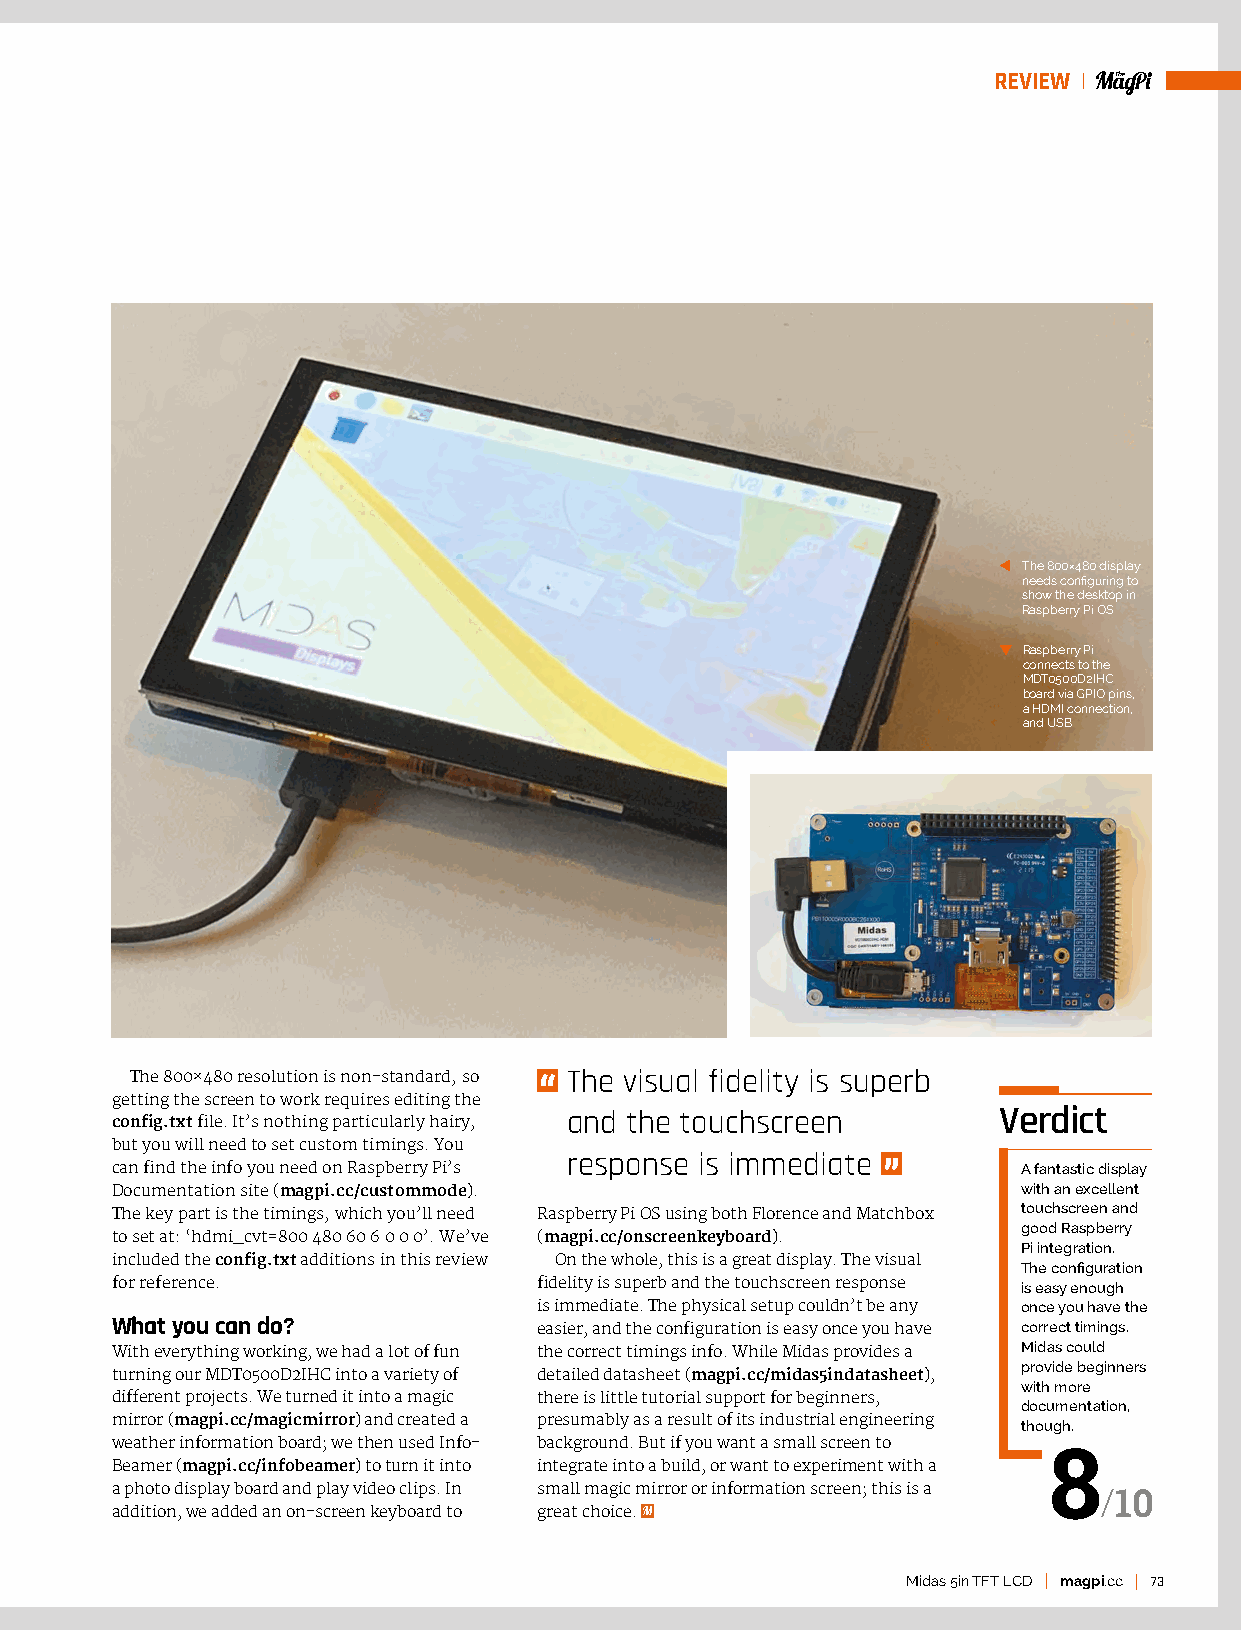
REVIEW
 The 800×480 display
 needs configuring to
 show the desktop in
 Raspberry Pi OS
 Raspberry Pi
 connects to the
 MDT0500D2IHC
 board via GPIO pins,
 a HDMI connection,
 and USB
 The 800×480 resolution is non-standard, so The visual fidelity is superb
 getting the screen to work requires editing the
 config.txt file. It’s nothing particularly hairy, and the touchscreen Verdict
 but you will need to set custom timings. You
 response is immediate
 can find the info you need on Raspberry Pi’s                 A fantastic display
 Documentation site (magpi.cc/custommode).                    with an excellent
 touchscreen and
 The key part is the timings, which you’ll need Raspberry Pi OS using both Florence and Matchbox
 good Raspberry
 to set at: ‘hdmi_cvt=800 480 60 6 0 0 0’. We’ve (magpi.cc/onscreenkeyboard).
 Pi integration.
 included the config.txt additions in this review On the whole, this is a great display. The visual
 The configuration
 for reference.               fidelity is superb and the touchscreen response is easy enough
 is immediate. The physical setup couldn’t be any once you have the
 What you can do?             easier, and the configuration is easy once you have correct timings.
 With everything working, we had a lot of fun the correct timings info. While Midas provides a Midas could
 provide beginners
 turning our MDT0500D2IHC into a variety of detailed datasheet (magpi.cc/midas5indatasheet),
 with more
 different projects. We turned it into a magic there is little tutorial support for beginners,
 documentation,
 mirror (magpi.cc/magicmirror) and created a presumably as a result of its industrial engineering though.
 weather information board; we then used Info- background. But if you want a small screen to
 8
 Beamer (magpi.cc/infobeamer) to turn it into integrate into a build, or want to experiment with a
 a photo display board and play video clips. In small magic mirror or information screen; this is a /10
 addition, we added an on-screen keyboard to great choice.
 Midas 5in TFT LCD magpi.cc 73